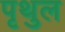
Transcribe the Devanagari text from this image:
पृथुल